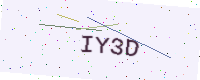
Text: IY3D